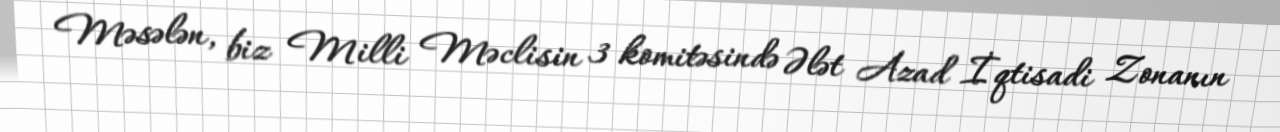
Məsələn, biz Milli Məclisin 3 komitəsində Ələt Azad İqtisadi Zonanın